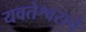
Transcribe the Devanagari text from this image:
यवतेश्वराचे